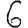
Digit: 6